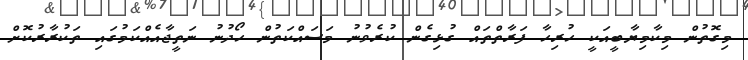
މިގޮތުން މިކާމިޔާބީއަކީ ހުރިހާ ފަރާތްތައް ގުޅިގެން ކުރެވުނު މަސައްކަތުން ހޯދުނު ނަތީޖާއެއްކަމުގައި ތަކުރާރުކޮށް